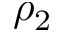
\rho _ { 2 }